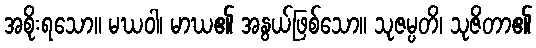
အစိုးရသော။ မဃဝါ၊ မာဃ၏ အနွယ်ဖြစ်သော။ သုဇမ္ပတိ၊ သုဇိတာ၏